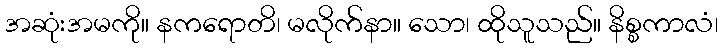
အဆုံးအမကို။ နကရောတိ၊ မလိုက်နာ။ သော၊ ထိုသူသည်။ နိစ္စကာလံ၊